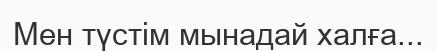
Мен түстім мынадай халға...